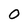
Character: O